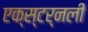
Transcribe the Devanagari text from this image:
एक्स्टर्नली